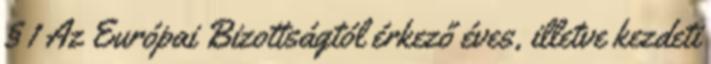
§ 1 Az Európai Bizottságtól érkező éves, illetve kezdeti